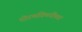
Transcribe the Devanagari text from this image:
धोरणविषयींच्या